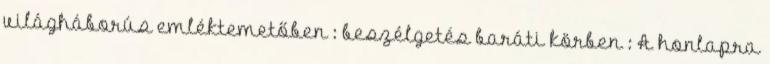
világháborús emléktemetőben : beszélgetés baráti körben : A honlapra